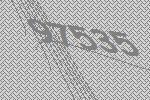
97535